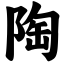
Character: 陶